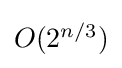
{\textstyle O(2^{n/3})}